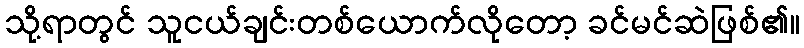
သို့ရာတွင် သူငယ်ချင်းတစ်ယောက်လိုတော့ ခင်မင်ဆဲဖြစ်၏။